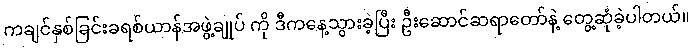
ကချင်နှစ်ခြင်းခရစ်ယာန်အဖွဲ့ချုပ် ကို ဒီကနေ့သွားခဲ့ပြီး ဦးဆောင်ဆရာတော်နဲ့ တွေ့ဆုံခဲ့ပါတယ်။